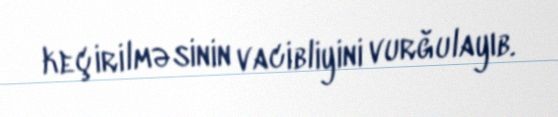
keçirilməsinin vacibliyini vurğulayıb.